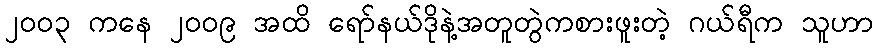
၂၀၀၃ ကနေ ၂၀၀၉ အထိ ရော်နယ်ဒိုနဲ့အတူတွဲကစားဖူးတဲ့ ဂယ်ရီက သူဟာ